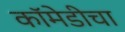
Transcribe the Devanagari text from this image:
कॉमेडीचा